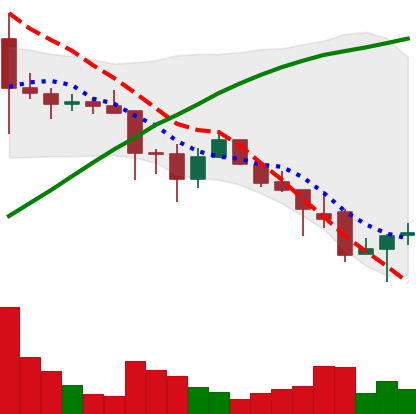
Ticker: ADA-USD
Chart end date: 2021-11-29
Forward return: -11.345%
Label: down_7plus